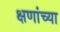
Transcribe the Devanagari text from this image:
क्षणांच्या